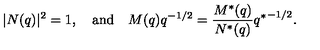
| N ( q ) | ^ { 2 } = 1 , \quad \mathrm { a n d } \quad M ( q ) q ^ { - 1 / 2 } = \frac { M ^ { * } ( q ) } { N ^ { * } ( q ) } { q ^ { * } } ^ { - 1 / 2 } .